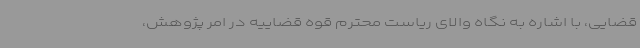
قضایی، با اشاره به نگاه والای ریاست محترم قوه قضاییه در امر پژوهش،